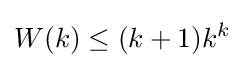
W(k)\leq (k+1)k^{k}